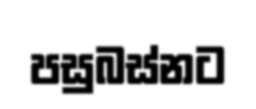
පසුබස්නට